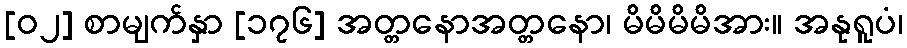
[၀၂] စာမျက်နှာ [၁၇၆] အတ္တနောအတ္တနော၊ မိမိမိမိအား။ အနုရူပံ၊